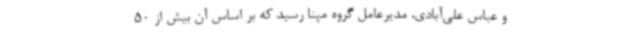
و عباس علی‌آبادی، مدیرعامل گروه مپنا رسید که بر اساس آن بیش از 50